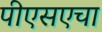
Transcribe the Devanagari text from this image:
पीएसएचा